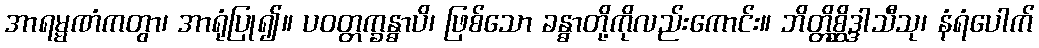
အာရမ္မဏံကတွာ၊ အာရုံပြု၍။ ပဝတ္တက္ခန္ဓာပိ၊ ဖြစ်သော ခန္ဓာတို့ကိုလည်းကောင်း။ ဘိတ္တိစ္ဆိဒ္ဒါသီသု၊ နံရံပေါက်